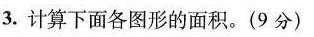
3.计算下面各图形的面积.(9分)